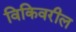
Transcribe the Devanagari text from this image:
विकिवरील